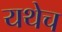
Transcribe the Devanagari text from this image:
यथेच